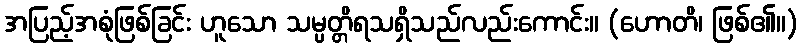
အပြည့်အစုံဖြစ်ခြင်း ဟူသော သမ္ပတ္တိရသရှိသည်လည်းကောင်း။ (ဟောတိ၊ ဖြစ်၏။)